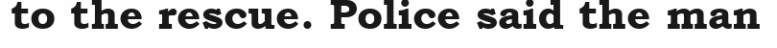
to the rescue. Police said the man